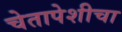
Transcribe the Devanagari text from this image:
चेतापेशीचा